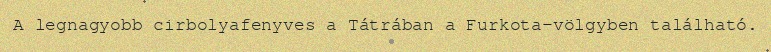
A legnagyobb cirbolyafenyves a Tátrában a Furkota-völgyben található.